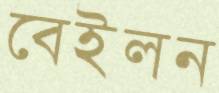
বেইলন